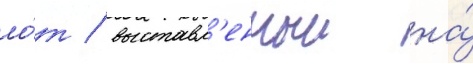
ло́т / выставл'енныи на́